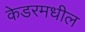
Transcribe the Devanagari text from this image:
केडरमधील